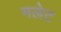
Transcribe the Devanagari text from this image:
मलेट